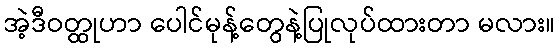
အဲ့ဒီဝတ္ထုဟာ ပေါင်မုန့်တွေနဲ့ပြုလုပ်ထားတာ မလား။